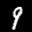
Label: 9